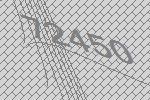
72450